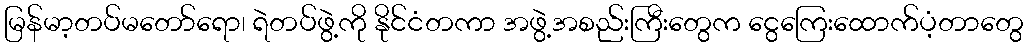
မြန်မာ့တပ်မတော်ရော၊ ရဲတပ်ဖွဲ့ကို နိုင်ငံတကာ အဖွဲ့အစည်းကြီးတွေက ငွေကြေးထောက်ပံ့တာတွေ